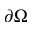
\partial \Omega